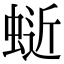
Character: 𫋅